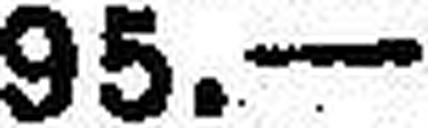
95.—